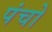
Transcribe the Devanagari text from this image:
पंचो